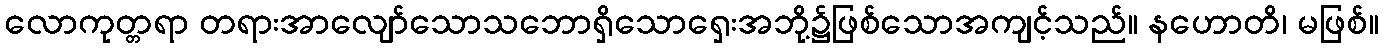
လောကုတ္တရာ တရားအာလျော်သောသဘောရှိသောရှေးအဘို့၌ဖြစ်သောအကျင့်သည်။ နဟောတိ၊ မဖြစ်။